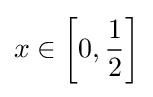
x\in \left[0,{\frac {1}{2}}\right]